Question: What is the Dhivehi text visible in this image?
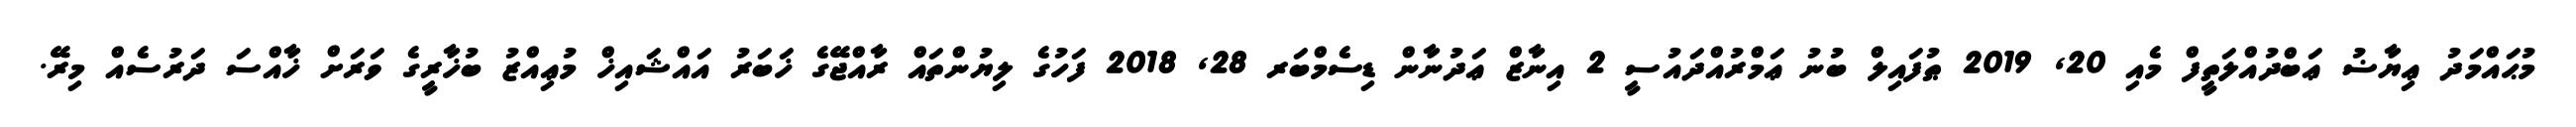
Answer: މުޙައްމަދު ޢިޔާޟު ޢަބްދުއްލަތީފް މެއި 20, 2019 ޠުފައިލް ބުނު ޢަމްރުއްދައުސީ 2 އިނާޒް ޢަދުނާން ޑިސެމްބަރ 28, 2018 ފަހުގެ ލިޔުންތައް ރާއްޖޭގެ ޚަބަރު އައްޝައިޚް މުޢިއްޒު ބުޚާރީގެ ވަރަށް ޚާއްސަ ދަރުސެއް މިރޭ.